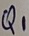
Text: Q1